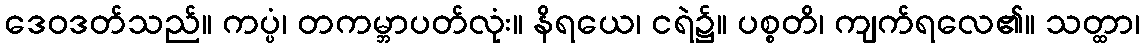
ဒေဝဒတ်သည်။ ကပ္ပံ၊ တကမ္ဘာပတ်လုံး။ နိရယေ၊ ငရဲ၌။ ပစ္စတိ၊ ကျက်ရလေ၏။ သတ္ထာ၊